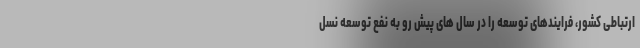
ارتباطی کشور، فرایندهای توسعه را در سال های پیش رو به نفع توسعه نسل